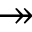
\twoheadrightarrow